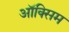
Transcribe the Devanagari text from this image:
ऑक्सिम